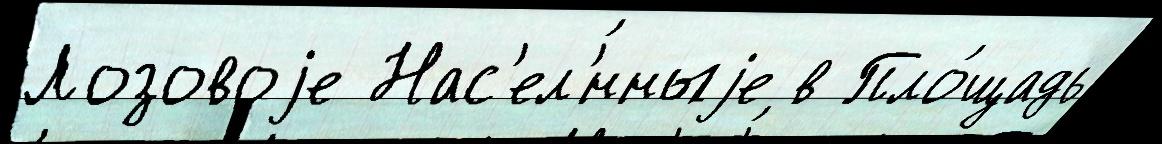
Лозовоjе Нас'ел'́нныjе в Пло́щадь